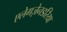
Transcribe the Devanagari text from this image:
एलेगज़ेनडरिया